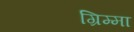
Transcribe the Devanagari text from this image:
ग्रिम्मा